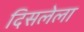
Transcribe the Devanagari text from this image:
दिसलेला